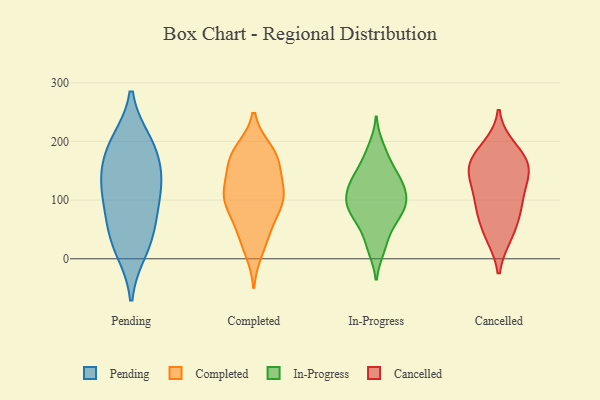
{"axis": {"x": "Satisfaction Score", "y": "Value"}, "legend": ["Cancelled", "Completed", "In-Progress", "Pending"], "data": [{"x": "", "y": 175, "type": "Pending"}, {"x": "", "y": 198, "type": "Pending"}, {"x": "", "y": 194, "type": "Pending"}, {"x": "", "y": 32, "type": "Pending"}, {"x": "", "y": 135, "type": "Pending"}, {"x": "", "y": 123, "type": "Pending"}, {"x": "", "y": 16, "type": "Pending"}, {"x": "", "y": 58, "type": "Pending"}, {"x": "", "y": 125, "type": "Pending"}, {"x": "", "y": 86, "type": "Pending"}, {"x": "", "y": 108, "type": "Completed"}, {"x": "", "y": 179, "type": "Completed"}, {"x": "", "y": 102, "type": "Completed"}, {"x": "", "y": 166, "type": "Completed"}, {"x": "", "y": 51, "type": "Completed"}, {"x": "", "y": 88, "type": "Completed"}, {"x": "", "y": 74, "type": "Completed"}, {"x": "", "y": 170, "type": "Completed"}, {"x": "", "y": 118, "type": "Completed"}, {"x": "", "y": 110, "type": "Completed"}, {"x": "", "y": 106, "type": "Completed"}, {"x": "", "y": 174, "type": "Completed"}, {"x": "", "y": 139, "type": "Completed"}, {"x": "", "y": 34, "type": "Completed"}, {"x": "", "y": 15, "type": "Completed"}, {"x": "", "y": 184, "type": "Completed"}, {"x": "", "y": 47, "type": "In-Progress"}, {"x": "", "y": 94, "type": "In-Progress"}, {"x": "", "y": 65, "type": "In-Progress"}, {"x": "", "y": 125, "type": "In-Progress"}, {"x": "", "y": 126, "type": "In-Progress"}, {"x": "", "y": 179, "type": "In-Progress"}, {"x": "", "y": 153, "type": "In-Progress"}, {"x": "", "y": 20, "type": "In-Progress"}, {"x": "", "y": 191, "type": "In-Progress"}, {"x": "", "y": 77, "type": "In-Progress"}, {"x": "", "y": 101, "type": "In-Progress"}, {"x": "", "y": 110, "type": "In-Progress"}, {"x": "", "y": 16, "type": "In-Progress"}, {"x": "", "y": 100, "type": "In-Progress"}, {"x": "", "y": 140, "type": "In-Progress"}, {"x": "", "y": 82, "type": "In-Progress"}, {"x": "", "y": 127, "type": "In-Progress"}, {"x": "", "y": 71, "type": "In-Progress"}, {"x": "", "y": 95, "type": "In-Progress"}, {"x": "", "y": 148, "type": "In-Progress"}, {"x": "", "y": 86, "type": "Cancelled"}, {"x": "", "y": 143, "type": "Cancelled"}, {"x": "", "y": 127, "type": "Cancelled"}, {"x": "", "y": 92, "type": "Cancelled"}, {"x": "", "y": 161, "type": "Cancelled"}, {"x": "", "y": 43, "type": "Cancelled"}, {"x": "", "y": 143, "type": "Cancelled"}, {"x": "", "y": 189, "type": "Cancelled"}, {"x": "", "y": 168, "type": "Cancelled"}, {"x": "", "y": 170, "type": "Cancelled"}, {"x": "", "y": 40, "type": "Cancelled"}, {"x": "", "y": 87, "type": "Cancelled"}]}